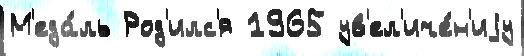
М'еда́ль Род'илс'я 1965 ув'ел'иче́н'иjу